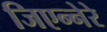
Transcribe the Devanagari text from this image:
जिएन्नेरे